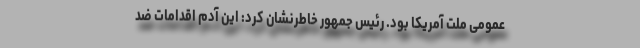
عمومی ملت آمریکا بود. رئیس جمهور خاطرنشان کرد: این آدم اقدامات ضد